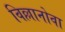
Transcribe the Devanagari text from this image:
विल्लानोवा